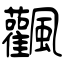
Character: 飌